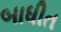
બાધીત